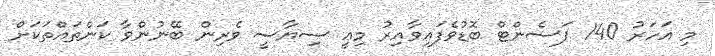
މި އަހަރު 140 ޕަސެންޓް ބޮޑުވެފައިވާއިރު މިއީ ސިޔާސީ ވެރިން ބޭނުންވާ ކަންތައްތަކަށް